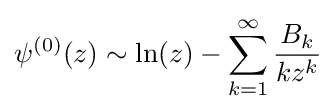
\psi ^{(0)}(z)\sim \ln(z)-\sum _{k=1}^{\infty }{\frac {B_{k}}{kz^{k}}}